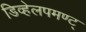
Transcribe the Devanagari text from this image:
डिव्हेलपमण्ट्